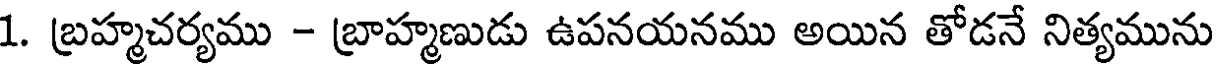
1. బ్రహ్మచర్యము - బ్రాహ్మణుడు ఉపనయనము అయిన తోడనే నిత్యమును